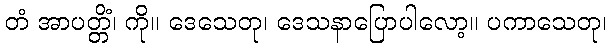
တံ အာပတ္တိံ၊ ကို။ ဒေသေတု၊ ဒေသနာပြောပါလော့။ ပကာသေတု၊